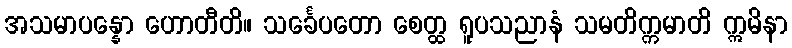
အသမာပန္နော ဟောတီတိ။ သင်္ခေပတော စေတ္ထ ရူပသညာနံ သမတိက္ကမာတိ ဣမိနာ